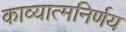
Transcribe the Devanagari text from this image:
काव्यात्मनिर्णय